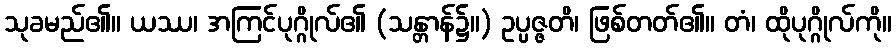
သုခမည်၏။ ယဿ၊ အကြင်ပုဂ္ဂိုလ်၏ (သန္တာန်၌။) ဥပ္ပဇ္ဇတိ၊ ဖြစ်တတ်၏။ တံ၊ ထိုပုဂ္ဂိုလ်ကို။